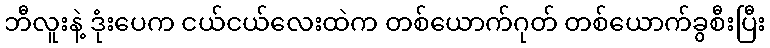
ဘီလူးနဲ့ ဒုံးပေက ငယ်ငယ်လေးထဲက တစ်ယောက်ဂုတ် တစ်ယောက်ခွစီးပြီး